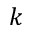
k